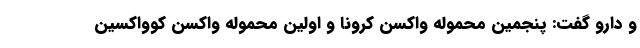
و دارو گفت: پنجمین محموله واکسن کرونا و اولین محموله واکسن کوواکسین